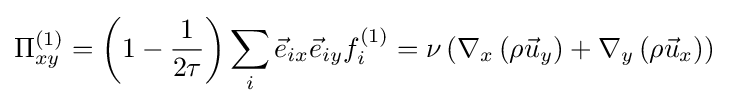
\Pi _{xy}^{(1)}=\left(1-{\frac {1}{2\tau }}\right)\sum _{i}{\vec {e}}_{ix}{\vec {e}}_{iy}f_{i}^{(1)}=\nu \left(\nabla _{x}\left(\rho {\vec {u}}_{y}\right)+\nabla _{y}\left(\rho {\vec {u}}_{x}\right)\right)